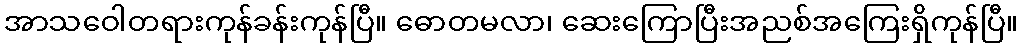
အာသဝေါတရားကုန်ခန်းကုန်ပြီ။ ဓောတမလာ၊ ဆေးကြောပြီးအညစ်အကြေးရှိကုန်ပြီ။